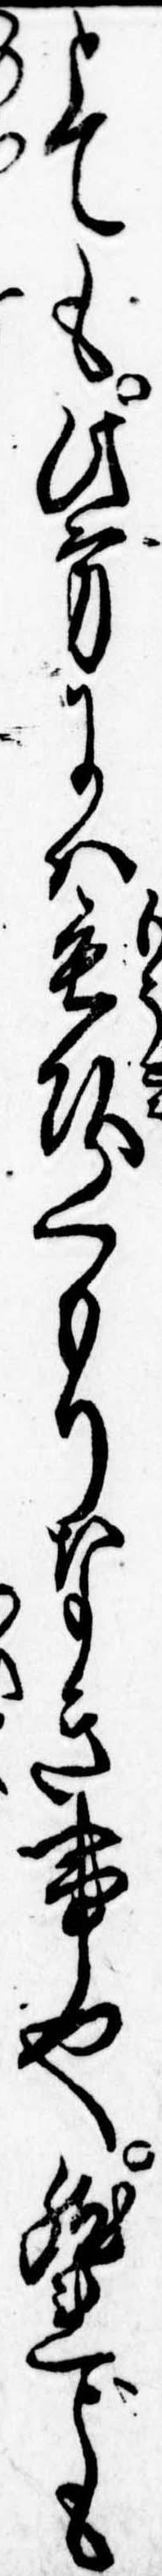
とても此方には毛頭くもりなき事也然れども